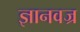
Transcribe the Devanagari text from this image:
ज्ञानवज्र